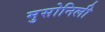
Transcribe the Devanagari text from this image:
मुसोनिली